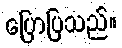
ပြောပြသည်။